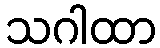
သဂါထာ